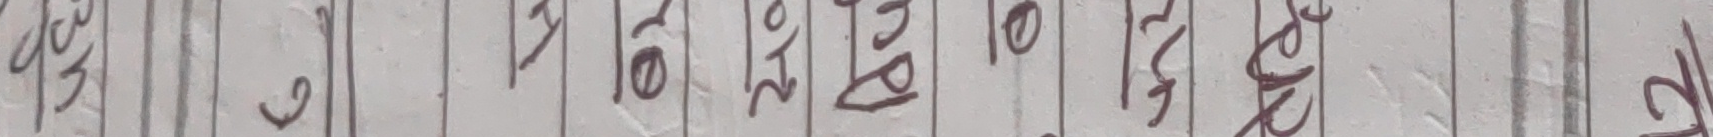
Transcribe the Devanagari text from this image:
पीडित